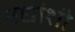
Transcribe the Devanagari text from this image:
नद्यांशी